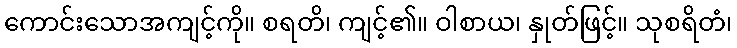
ကောင်းသောအကျင့်ကို။ စရတိ၊ ကျင့်၏။ ဝါစာယ၊ နှုတ်ဖြင့်။ သုစရိတံ၊